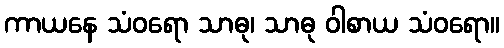
ကာယနေ သံဝရော သာဓု၊ သာဓု ဝါစာယ သံဝရော။